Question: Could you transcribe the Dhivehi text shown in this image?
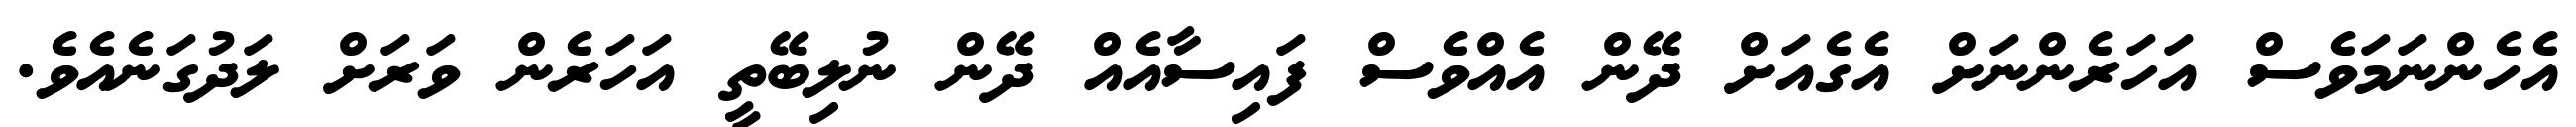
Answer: އެހެންނަމަވެސް އަހަރެންނަށް އެގެއަށް ދޭން އެއްވެސް ފައިސާއެއް ދޭން ނުލިބޭތީ އަހަރެން ވަރަށް ލަދުގަނެއެވެ.